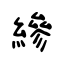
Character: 縿